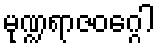
မုဏ္ဍရာဇဝဂ္ဂေါ